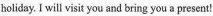
holiday. I will visit you and bring you a present!